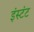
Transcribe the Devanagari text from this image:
इंस्टंट